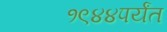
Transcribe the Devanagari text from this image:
१९४४पर्यंत